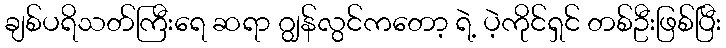
ချစ်ပရိသတ်ကြီးရေ ဆရာ ဂျွန်လွင်ကတော့ ရဲ့ ပဲ့ကိုင်ရှင် တစ်ဦးဖြစ်ပြီး